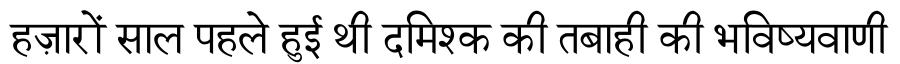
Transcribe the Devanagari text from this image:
हज़ारों साल पहले हुई थी दमिश्क की तबाही की भविष्यवाणी